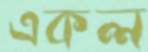
একল